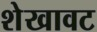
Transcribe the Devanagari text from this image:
शेखावट